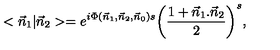
< { \vec { n } } _ { 1 } | { \vec { n } } _ { 2 } > = e ^ { i \Phi ( { \vec { n } } _ { 1 } , { \vec { n } } _ { 2 } , { \vec { n } } _ { 0 } ) s } { \left( { \frac { 1 + { \vec { n } } _ { 1 } . { \vec { n } } _ { 2 } } { 2 } } \right) } ^ { s } ,